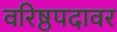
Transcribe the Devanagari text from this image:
वरिष्ठपदावर